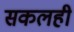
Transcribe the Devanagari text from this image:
सकलही